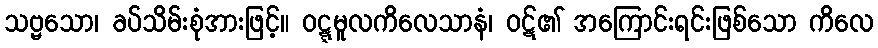
သဗ္ဗသော၊ ခပ်သိမ်းစုံအားဖြင့်။ ဝဋ္ဋမူလကိလေသာနံ၊ ဝဋ်၏ အကြောင်းရင်းဖြစ်သော ကိလေ